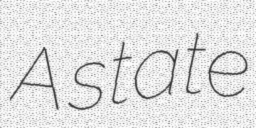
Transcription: A state